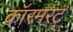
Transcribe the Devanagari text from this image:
कॉरमरंट